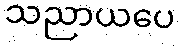
သညာယပေ